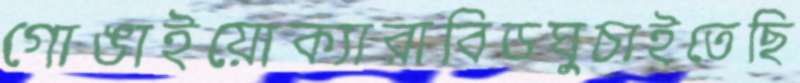
গোঙাইয়োক্যারাবিডঘুচাইতেছি